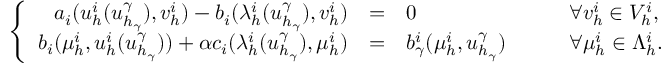
\left\{ \begin{array} { r c l l } { a _ { i } ( u _ { h } ^ { i } ( u _ { h _ { \gamma } } ^ { \gamma } ) , v _ { h } ^ { i } ) - b _ { i } ( \lambda _ { h } ^ { i } ( u _ { h _ { \gamma } } ^ { \gamma } ) , v _ { h } ^ { i } ) } & { = } & { 0 } & { \qquad \forall v _ { h } ^ { i } \in V _ { h } ^ { i } , } \\ { b _ { i } ( \mu _ { h } ^ { i } , u _ { h } ^ { i } ( u _ { h _ { \gamma } } ^ { \gamma } ) ) + \alpha c _ { i } ( \lambda _ { h } ^ { i } ( u _ { h _ { \gamma } } ^ { \gamma } ) , \mu _ { h } ^ { i } ) } & { = } & { b _ { \gamma } ^ { i } ( \mu _ { h } ^ { i } , u _ { h _ { \gamma } } ^ { \gamma } ) } & { \qquad \forall \mu _ { h } ^ { i } \in \Lambda _ { h } ^ { i } . } \end{array} \right.